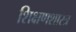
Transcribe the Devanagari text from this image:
शिक्षणशास्‍त्र